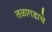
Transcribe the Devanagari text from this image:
तळागडाचे